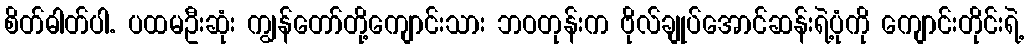
စိတ်ဓါတ်ပါ. ပထမဦးဆုံး ကျွန်တော်တို့ကျောင်းသား ဘဝတုန်းက ဗိုလ်ချုပ်အောင်ဆန်းရဲ့ပုံကို ကျောင်းတိုင်းရဲ့